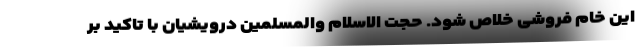
این خام فروشی خلاص شود. حجت الاسلام والمسلمین درویشیان با تاکید بر